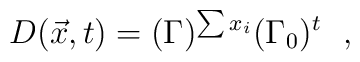
D(\vec x,t) = (\Gamma)^{\sum x_i} (\Gamma_0)^t~~,